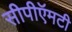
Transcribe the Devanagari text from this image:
सीपीऍमटी